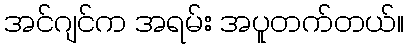
အင်ဂျင်က အရမ်း အပူတက်တယ်။